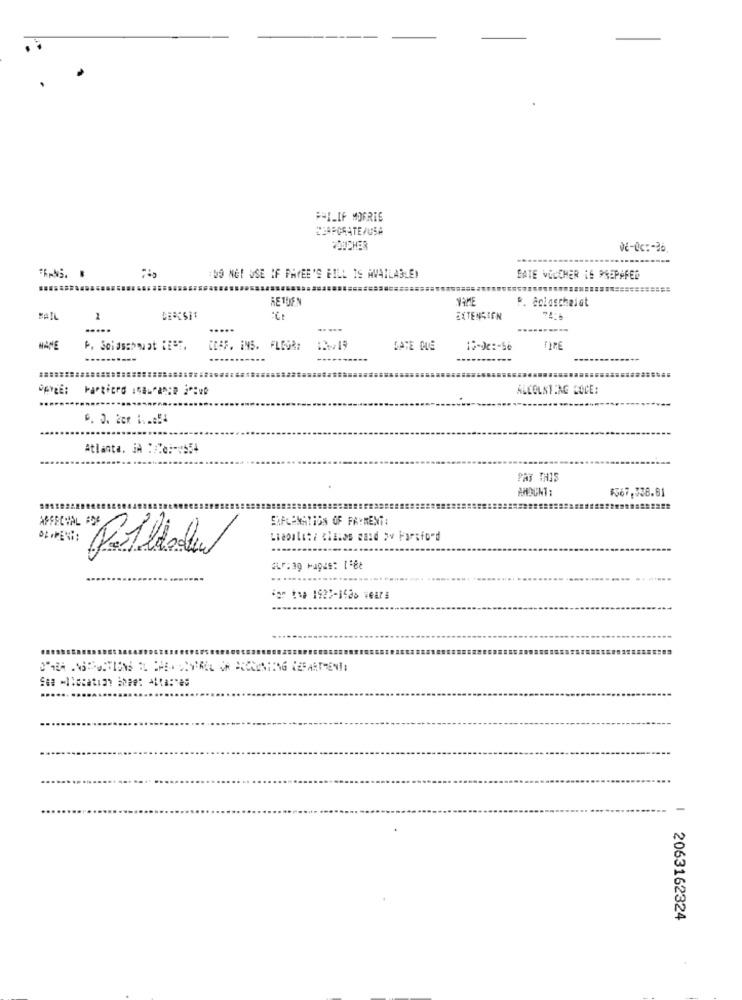
PHILIP MORRIS
CORPORATE/USA
COUCHER
02-0c :- 26
TRANS. .
:DO NOT USE IF PAYEE'S BILL IS AVAILABLE)
SATE VOUCHER IS PREPARED
RETUEN
P. Bolaschaiat
MAIL
1
EXTENSION
.....
.....
.....
MANE
P. Soldsehnat CE=".
CEAS. INS. FLOOR:
13/19
DATE ME
10-0c :- 56
......
ALCOLNTING DOCE:
Atlanta. JA :/20 :-** 54
PAY THIS
AMOUNT :
F567,338.61
EXPLANATION OF PAYMENT:
2063162324